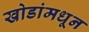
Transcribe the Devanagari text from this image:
खोडांमधून